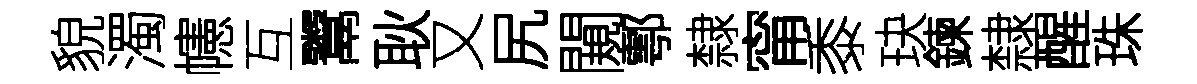
貌濁幰互鬻耿又尻闚鄠隸甯黍玦鍊隸醒珠